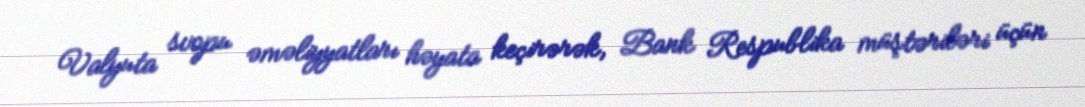
Valyuta svopu əməliyyatları həyata keçirərək, Bank Respublika müştəriləri üçün